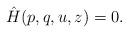
LaTeX: \begin{align*} \hat{H}(p,q,u,z)=0. \end{align*}